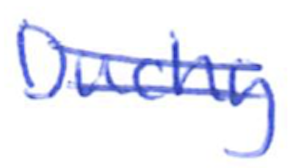
Text: Duchy
Cross-out: double-line
Writing tool: ballpoint